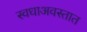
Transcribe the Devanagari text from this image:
स्वधाअवस्तात